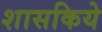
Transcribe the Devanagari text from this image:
शासकिये